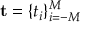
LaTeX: \mathbf { t } = \{ t _ { i } \} _ { i = - M } ^ { M }